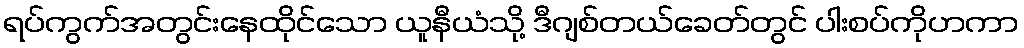
ရပ်ကွက်အတွင်းနေထိုင်သော ယူနီယံသို့ ဒီဂျစ်တယ်ခေတ်တွင် ပါးစပ်ကိုဟကာ